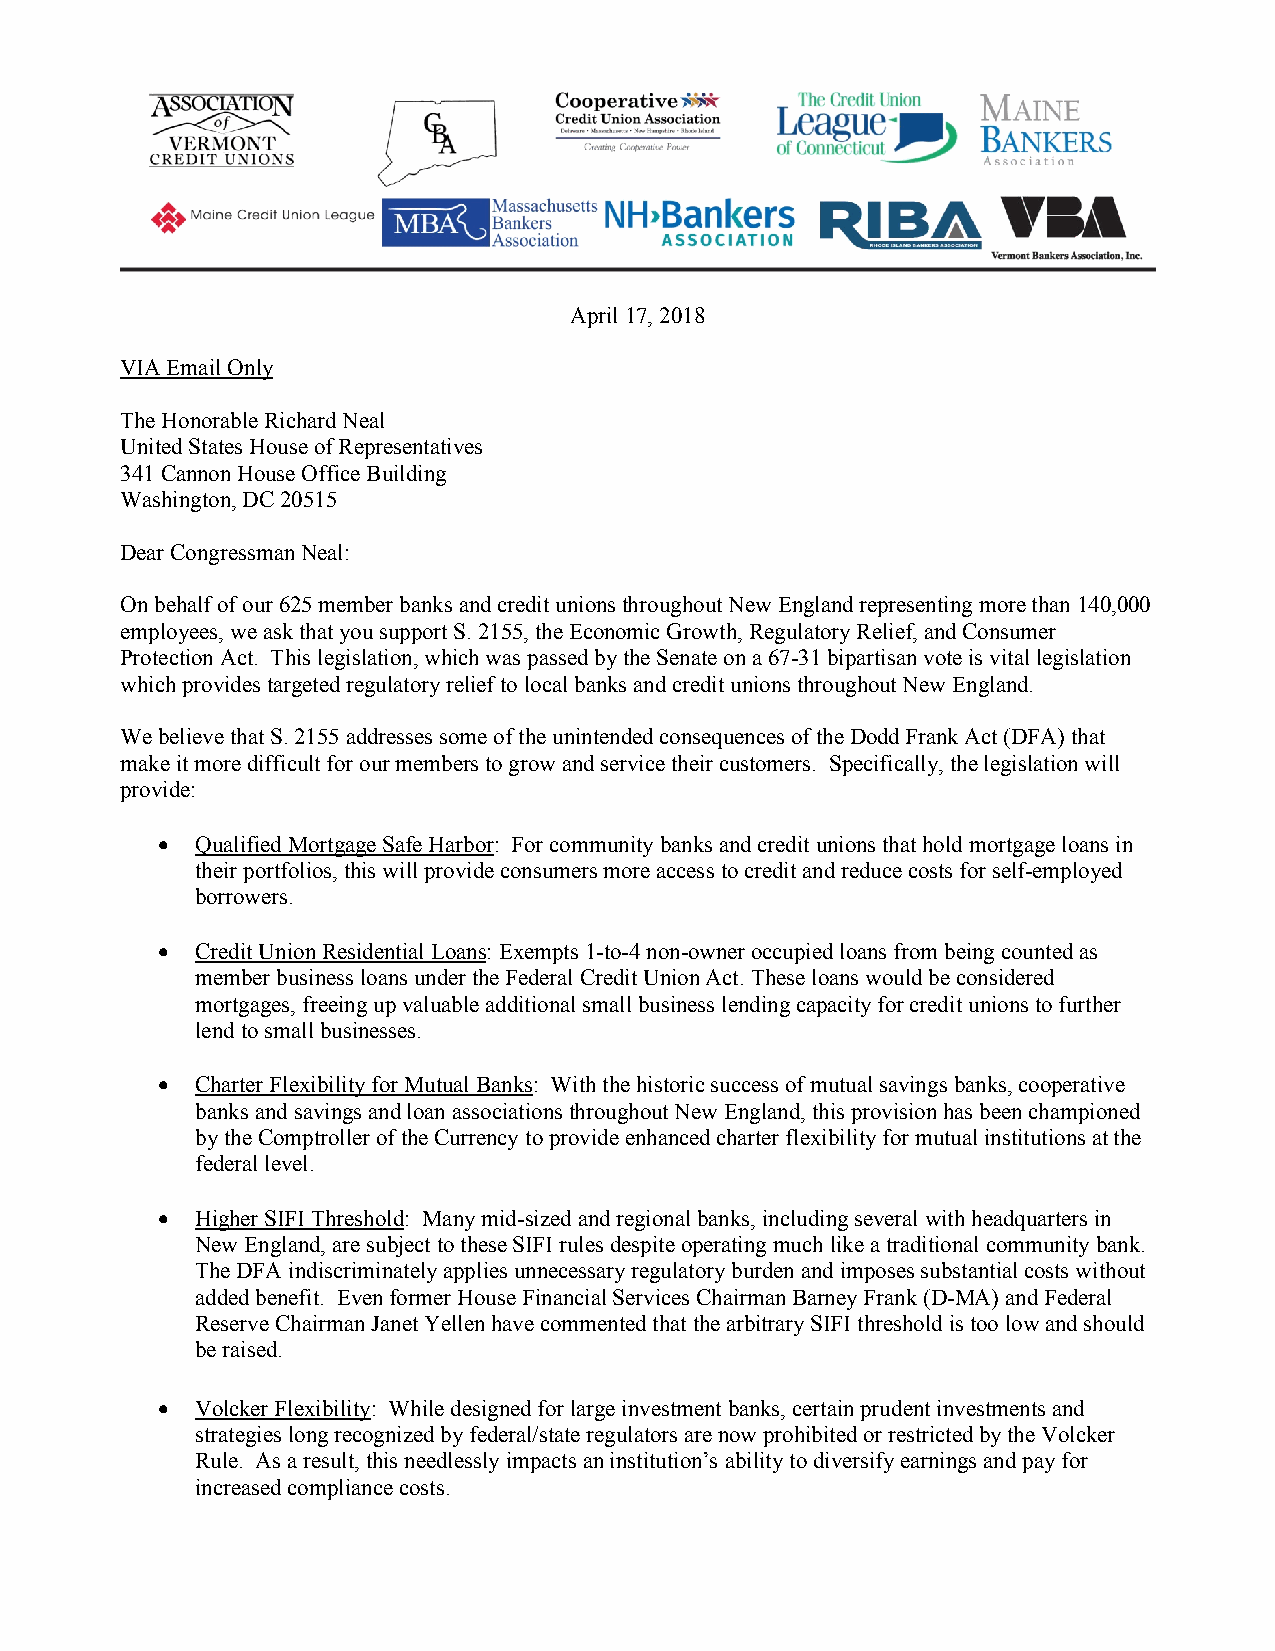
[Type text]
 April 17, 2018
 VIA Email Only
 The Honorable Richard Neal
 United States House of Representatives
 341 Cannon House Office Building
 Washington, DC 20515
 Dear Congressman Neal:
 On behalf of our 625 member banks and credit unions throughout New England representing more than 140,000
 employees, we ask that you support S. 2155, the Economic Growth, Regulatory Relief, and Consumer
 Protection Act. This legislation, which was passed by the Senate on a 67-31 bipartisan vote is vital legislation
 which provides targeted regulatory relief to local banks and credit unions throughout New England.
 We believe that S. 2155 addresses some of the unintended consequences of the Dodd Frank Act (DFA) that
 make it more difficult for our members to grow and service their customers. Specifically, the legislation will
 provide:
 •  Qualified Mortgage Safe Harbor: For community banks and credit unions that hold mortgage loans in
 their portfolios, this will provide consumers more access to credit and reduce costs for self-employed
 borrowers.
 •  Credit Union Residential Loans: Exempts 1-to-4 non-owner occupied loans from being counted as
 member business loans under the Federal Credit Union Act. These loans would be considered
 mortgages, freeing up valuable additional small business lending capacity for credit unions to further
 lend to small businesses.
 •  Charter Flexibility for Mutual Banks: With the historic success of mutual savings banks, cooperative
 banks and savings and loan associations throughout New England, this provision has been championed
 by the Comptroller of the Currency to provide enhanced charter flexibility for mutual institutions at the
 federal level.
 •  Higher SIFI Threshold: Many mid-sized and regional banks, including several with headquarters in
 New England, are subject to these SIFI rules despite operating much like a traditional community bank.
 The DFA indiscriminately applies unnecessary regulatory burden and imposes substantial costs without
 added benefit. Even former House Financial Services Chairman Barney Frank (D-MA) and Federal
 Reserve Chairman Janet Yellen have commented that the arbitrary SIFI threshold is too low and should
 be raised.
 •  Volcker Flexibility: While designed for large investment banks, certain prudent investments and
 strategies long recognized by federal/state regulators are now prohibited or restricted by the Volcker
 Rule. As a result, this needlessly impacts an institution’s ability to diversify earnings and pay for
 increased compliance costs.